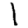
Digit: 1